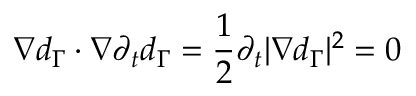
\nabla d _ { \Gamma } \cdot \nabla \partial _ { t } d _ { \Gamma } = \frac 1 2 \partial _ { t } | \nabla d _ { \Gamma } | ^ { 2 } = 0